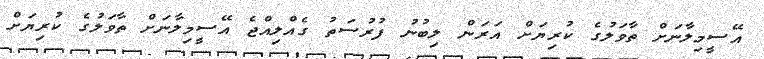
އޭސީމިލާނަށް ތާވަލުގެ ކުރިޔަށް އަރަން ލިބުނު ފުރުސަތު ގެއްލިއްޖެ އޭސީމިލާނަށް ތާވަލުގެ ކުރިޔަށް